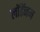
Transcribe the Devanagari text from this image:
लॉडॅनम